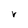
Character: V